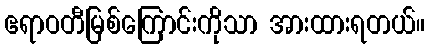
ဧရာဝတီမြစ်ကြောင်းကိုသာ အားထားရတယ်။